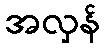
အလှန်